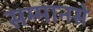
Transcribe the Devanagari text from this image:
सम्मानसे